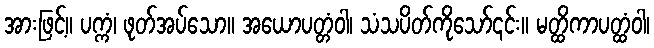
အားဖြင့်။ ပက္ကံ၊ ဖုတ်အပ်သော။ အယောပတ္တံဝါ၊ သံသပိတ်ကိုသော်၎င်း။ မတ္ထိကာပတ္ထံဝါ၊